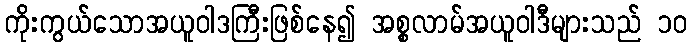
ကိုးကွယ်သောအယူဝါဒကြီးဖြစ်နေ၍ အစ္စလာမ်အယူဝါဒီများသည် ၁၀